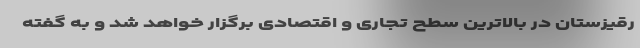
رقیزستان در بالاترین سطح تجاری و اقتصادی برگزار خواهد شد و به گفته